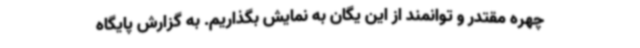
چهره مقتدر و توانمند از این یگان به نمایش بگذاریم. به گزارش پایگاه